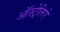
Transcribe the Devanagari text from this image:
ऑस्ट्रेलिऐ